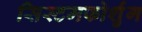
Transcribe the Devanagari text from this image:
सिस्टमफोर्शुंग